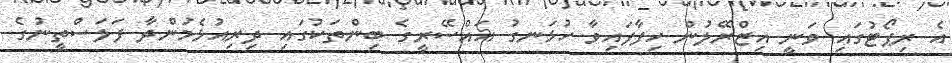
އެ ރިޕޯޓުގައި ވަނީ އިޒްރޭލުން ހިފާފައިވާ ހުޅަނގު އައްސޭރީގެ ބިންތަކުގައި ދިރިއުޅެމުންދާ ފަލަސްތީނުގެ